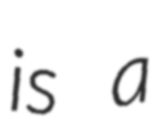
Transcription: is a